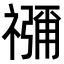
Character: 𮂖